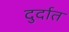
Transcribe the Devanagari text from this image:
दुर्दात